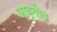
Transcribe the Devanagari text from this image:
आवृतीत